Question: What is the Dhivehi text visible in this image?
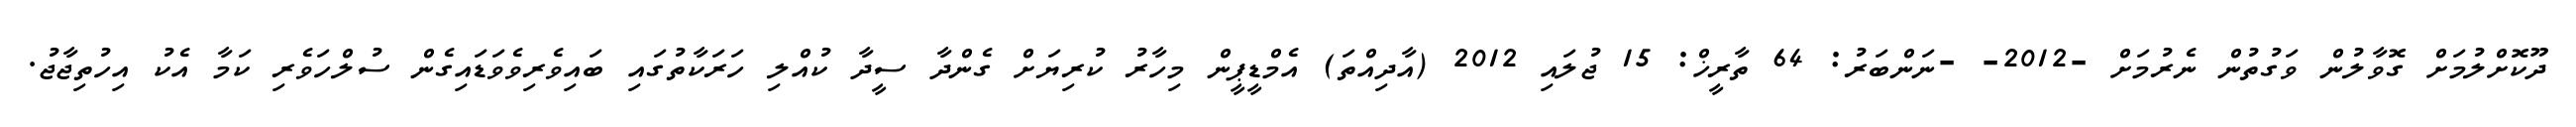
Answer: ދޫކޮށްލުމަށް ގޮވާލުން ވަގުތުން ނެރުމަށް -2012- -ނަންބަރު: 64 ތާރީޚް: 15 ޖުލައި 2012 (އާދިއްތަ) އެމްޑީޕީން މިހާރު ކުރިޔަށް ގެންދާ ސީދާ ކުއްލި ހަރަކާތުގައި ބައިވެރިވެވަޑައިގެން ސުލްހަވެރި ކަމާ އެކު އިހުތިޖާޖު.